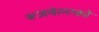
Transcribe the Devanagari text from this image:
रूजवेल्टको